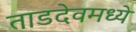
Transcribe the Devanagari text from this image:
ताडदेवमध्ये